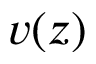
v ( z )